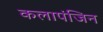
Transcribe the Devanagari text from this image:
कलापंजिन